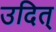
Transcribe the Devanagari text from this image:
उदित्